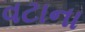
વટાના